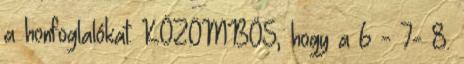
a honfoglalókat. KÖZÖMBÖS, hogy a 6 - 7- 8.